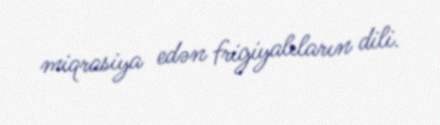
miqrasiya edən frigiyalıların dili.